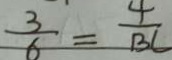
\frac { 3 } { 6 } = \frac { 4 } { B C }